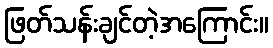
ဖြတ်သန်းချင်တဲ့အကြောင်း။